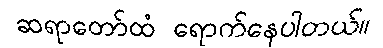
ဆရာတော်ထံ ရောက်နေပါတယ်။